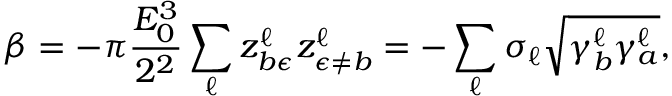
\beta = - \pi \frac { E _ { 0 } ^ { 3 } } { 2 ^ { 2 } } \sum _ { \ell } z _ { b \epsilon } ^ { \ell } z _ { \epsilon \neq b } ^ { \ell } = - \sum _ { \ell } \sigma _ { \ell } \sqrt { \gamma _ { b } ^ { \ell } \gamma _ { a } ^ { \ell } } ,